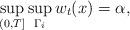
LaTeX: \begin{align*} \sup_{(0,T]} \sup_{\Gamma_i} w_t(x)= \alpha,\end{align*}